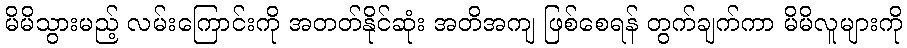
မိမိသွားမည့် လမ်းကြောင်းကို အတတ်နိုင်ဆုံး အတိအကျ ဖြစ်စေရန် တွက်ချက်ကာ မိမိလူများကို